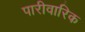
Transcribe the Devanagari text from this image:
पारीवारिक